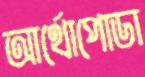
আর্থোপোডা